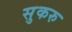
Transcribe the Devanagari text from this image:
सुकरु